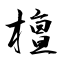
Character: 檀